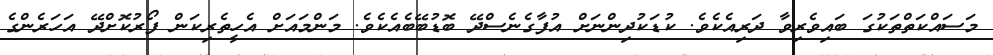
މަސައްކަތްތަކުގަ ބައިވެރިވާ ދަރިއެކެވެ. ކުޑަކުދިންނަށް އުފާގެނެސްދޭ ބޮޑުބޭބެއެކެވެ. މަންމައަށް އެހީތެރިކަން ފޯރުކޮށްދޭ އަހަރެންގެ